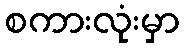
စကားလုံးမှာ